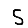
Digit: 5